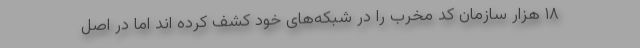
۱۸ هزار سازمان کد مخرب را در شبکه‌های خود کشف کرده اند اما در اصل